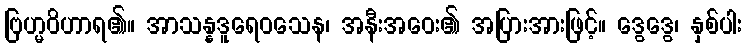
ဗြဟ္မဝိဟာရ၏။ အာသန္နဒူရေဝသေန၊ အနီးအဝေး၏ အပြားအားဖြင့်။ ဒွေဒွေ၊ နှစ်ပါး